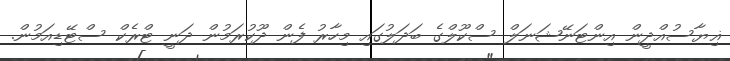
ޣިޔާސުއްދީން އިންޓަނޭޝަނަލް ސްކޫލްގެ ބަދަލުގައި މިހާރު ފެން ދޫކުރަމުން ދަނީ ޓްރެކް ސްޓޭޑިއަމުން.